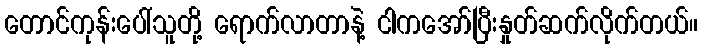
တောင်ကုန်းပေါ်သူတို့ ရောက်လာတာနဲ့ ငါကအော်ပြီးနှုတ်ဆက်လိုက်တယ်။